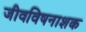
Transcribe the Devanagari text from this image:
जीवविषनाशक